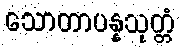
သောတာပန္နသုတ္တံ